Note on elephants in Burma, with a description of their equipment
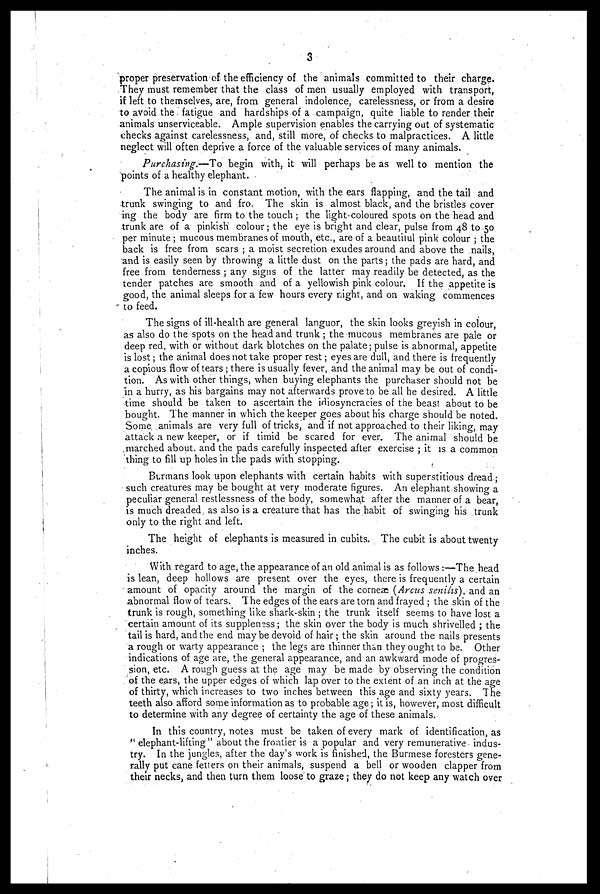
3
proper preservation of the efficiency of the animals committed to their charge.
They must remember that the class of men usually employed with transport,
if left to themselves, are, from general indolence, carelessness, or from a desire
to avoid the fatigue and hardships of a campaign, quite liable to render their
animals unserviceable. Ample supervision enables the carrying out of systematic
checks against carelessness, and, still more, of checks to malpractices. A little
neglect will often deprive a force of the valuable services of many animals.
Purchasing.—To begin with, it will perhaps be as well to mention the
points of a healthy elephant.
The animal is in constant motion, with the ears flapping, and the tail and
trunk swinging to and fro. The skin is almost black, and the bristles cover
ing the body are firm to the touch ; the light-coloured spots on the head and
trunk are of a pinkish colour; the eye is bright and clear, pulse from 48 to 50
per minute ; mucous membranes of mouth, etc., are of a beautiful pink colour ; the
back is free from scars ; a moist secretion exudes around and above the nails,
and is easily seen by throwing a little dust on the parts; the pads are hard, and
free from tenderness ; any signs of the latter may readily be detected, as the
tender patches are smooth and of a yellowish pink colour. If the appetite is
good, the animal sleeps for a few hours every night, and on waking commences
to feed.
The signs of ill-health are general languor, the skin looks greyish in colour,
as also do the spots on the head and trunk ; the mucous membranes are pale or
deep red, with or without dark blotches on the palate ; pulse is abnormal, appetite
is lost ; the animal does not take proper rest ; eyes are dull, and there is frequently
a copious flow of tears ; there is usually fever, and the animal may be out of condi-
tion. As with other things, when buying elephants the purchaser should not be
in a hurry, as his bargains may not afterwards prove to be all he desired. A little
time should be taken to ascertain the idiosyncracies of the beast about to be
bought. The manner in which the keeper goes about his charge should be noted.
Some animals are very full of tricks, and if not approached to their liking, may
attack a new keeper, or if timid be scared for ever. The animal should be
marched about and the pads carefully inspected after exercise ; it is a common
thing to fill up holes in the pads with stopping.
Burmans look upon elephants with certain habits with superstitious dread ;
such creatures may be bought at very moderate figures. An elephant showing a
peculiar general restlessness of the body, somewhat after the manner of a bear,
is much dreaded as also is a creature that has the habit of swinging his trunk
only to the right and left.
The height of elephants is measured in cubits. The cubit is about twenty
inches.
With regard to age, the appearance of an old animal is as follows :—The head
is lean, deep hollows are present over the eyes, there is frequently a certain
amount of opacity around the margin of the corneæ (Arcus senilis), and an
abnormal flow of tears. The edges of the ears are torn and frayed ; the skin of the
trunk is rough, something like shark-skin ; the trunk itself seems to have lost a
certain amount of its suppleness; the skin over the body is much shrivelled ; the
tail is hard, and the end may be devoid of hair ; the skin around the nails presents
a rough or warty appearance ; the legs are thinner than they ought to be. Other
indications of age are, the general appearance, and an awkward mode of progres-
sion, etc. A rough guess at the age may be made by observing the condition
of the ears, the upper edges of which lap over to the extent of an inch at the age
of thirty, which increases to two inches between this age and sixty years. The
teeth also afford some information as to probable age ; it is, however, most difficult
to determine with any degree of certainty the age of these animals.
In this country, notes must be taken of every mark of identification, as
" elephant-lifting" about the frontier is a popular and very remunerative indus-
try. In the jungles, after the day's work is finished, the Burmese forestors gene-
rally put cane fetters on their animals, suspend a bell or wooden clapper from
their necks, and then turn them loose to graze; they do not keep any watch over